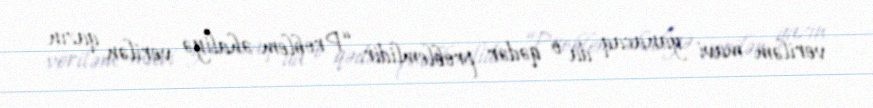
veriləm mavi yanacaq da o qədər problemlidir: “Problem əhaliyə verilən qazın